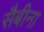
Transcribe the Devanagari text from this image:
सैबीना